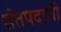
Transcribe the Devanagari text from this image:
संतपदाची